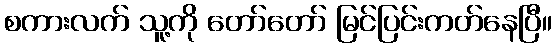
စကားလက် သူ့ကို တော်တော် မြင်ပြင်းကတ်နေပြီ။